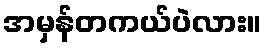
အမှန်တကယ်ပဲလား။